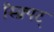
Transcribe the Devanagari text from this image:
स्क्र्पिट्